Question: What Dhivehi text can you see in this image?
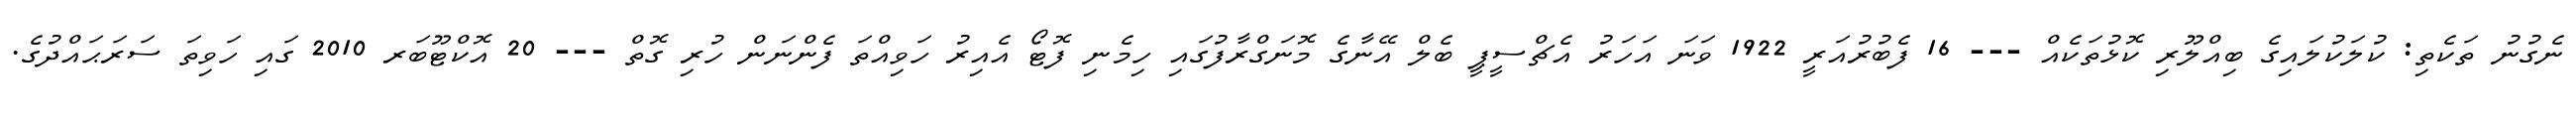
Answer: ނެގުނު ތަކެތި: ކުލަކުލައިގެ ބިއްލޫރި ކޮޅުތަކެއް --- 16 ފެބުރުއަރީ 1922 ވަނަ އަހަރު އެޗްސީޕީ ބެލް އޭނާގެ މޮނަގްރާފުގައި ހިމެނި ފޮޓޯ އެއިރު ހަވިއްތަ ފެންނަން ހުރި ގޮތް --- 20 އޮކްޓޫބަރ 2010 ގައި ހަވިތަ ސަރަޙައްދުގެ.